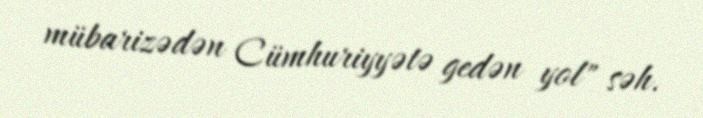
mübarizədən Cümhuriyyətə gedən yol" səh.